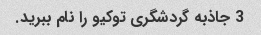
3 جاذبه گردشگری توکیو را نام ببرید.